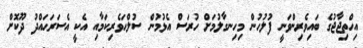
އިހްތިޖާޖުގެ ބައިވެރިންވަނީ ފުލުހުން މިހިނގާލުމަށް ހުރަސް އެޅުމުން ސުލްޙަވެރިކަމާއި އެކީ އެސަރަޙައްދު ދޫކޮށް